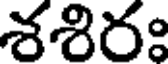
శశిరః